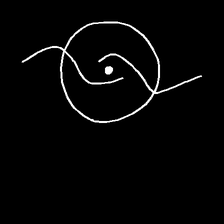
Glyph: repetition